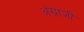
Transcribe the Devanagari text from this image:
अंग्राजी